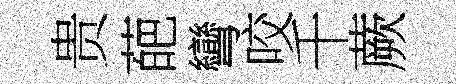
贵葩彎咬千蕨